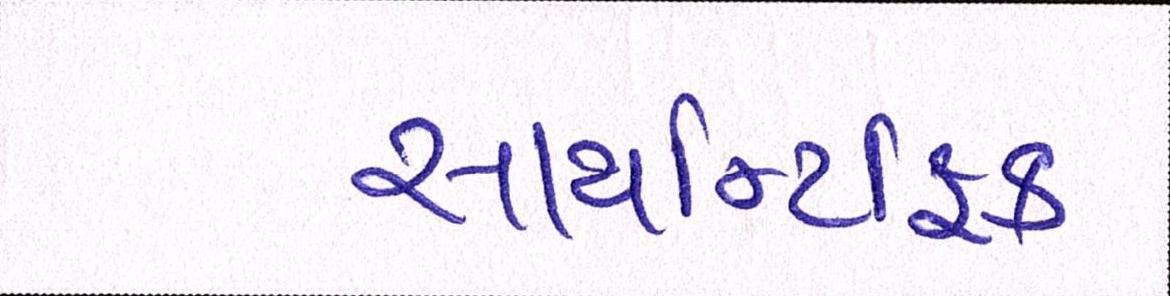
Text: સાયન્ટિફિક